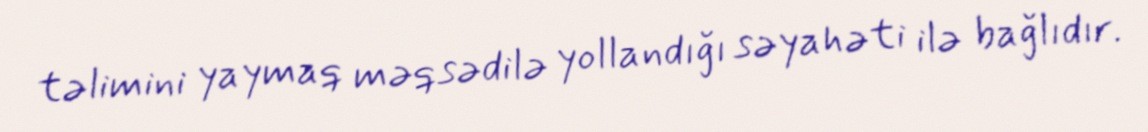
təlimini yaymaq məqsədilə yollandığı səyahəti ilə bağlıdır.